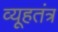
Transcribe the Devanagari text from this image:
व्यूहतंत्र